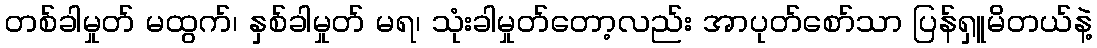
တစ်ခါမှုတ် မထွက်၊ နှစ်ခါမှုတ် မရ၊ သုံးခါမှုတ်တော့လည်း အာပုတ်စော်သာ ပြန်ရှူမိတယ်နဲ့